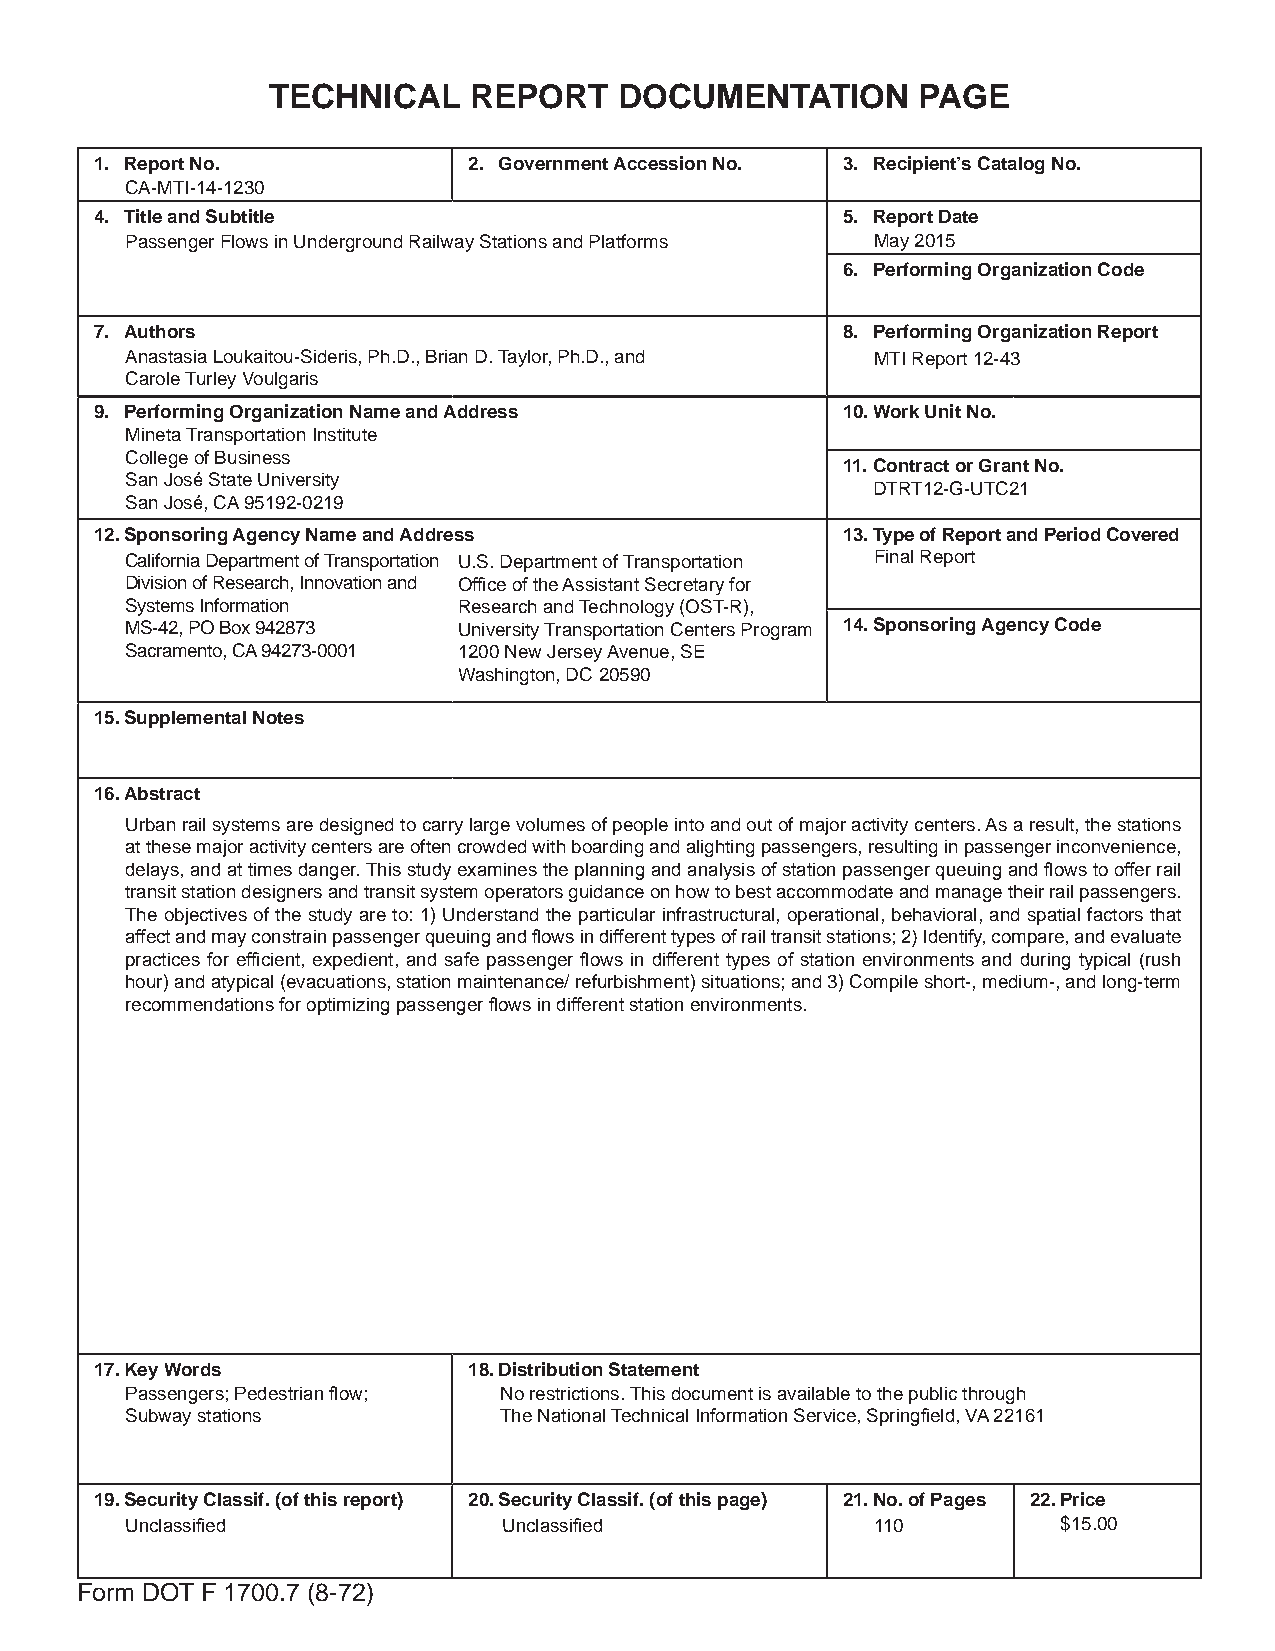
TECHNICAL    REPORT    DOCUMENTATION       PAGE
 1. Report No.            2. Government Accession No. 3. Recipient’s Catalog No.
 CA-MTI-14-1230
 4. Title and Subtitle                             5. Report Date
 Passenger Flows in Underground Railway Stations and Platforms May 2015
 6. Performing Organization Code
 7. Authors                                        8. Performing Organization Report
 Anastasia Loukaitou-Sideris, Ph.D., Brian D. Taylor, Ph.D., and MTI Report 12-43
 Carole Turley Voulgaris
 9. Performing Organization Name and Address       10. Work Unit No.
 Mineta Transportation Institute
 College of Business
 11. Contract or Grant No.
 San José State University
 DTRT12-G-UTC21
 San José, CA 95192-0219
 12. Sponsoring Agency Name and Address            13. Type of Report and Period Covered
 California Department of Transportation U.S. Department of Transportation Final Report
 Division of Research, Innovation and Office of the Assistant Secretary for
 Systems Information   Research and Technology (OST-R),
 MS-42, PO Box 942873  University Transportation Centers Program 14. Sponsoring Agency Code
 Sacramento, CA 94273-0001 1200 New Jersey Avenue, SE
 Washington, DC 20590
 15. Supplemental Notes
 16. Abstract
 Urban rail systems are designed to carry large volumes of people into and out of major activity centers. As a result, the stations
 at these major activity centers are often crowded with boarding and alighting passengers, resulting in passenger inconvenience,
 delays, and at times danger. This study examines the planning and analysis of station passenger queuing and flows to offer rail
 transit station designers and transit system operators guidance on how to best accommodate and manage their rail passengers.
 The objectives of the study are to: 1) Understand the particular infrastructural, operational, behavioral, and spatial factors that
 affect and may constrain passenger queuing and flows in different types of rail transit stations; 2) Identify, compare, and evaluate
 practices for efficient, expedient, and safe passenger flows in different types of station environments and during typical (rush
 hour) and atypical (evacuations, station maintenance/ refurbishment) situations; and 3) Compile short-, medium-, and long-term
 recommendations for optimizing passenger flows in different station environments.
 17. Key Words            18. Distribution Statement
 Passengers; Pedestrian flow; No restrictions. This document is available to the public through
 Subway stations          The National Technical Information Service, Springfield, VA 22161
 19. Security Classif. (of this report) 20. Security Classif. (of this page) 21. No. of Pages 22. Price
 Unclassified             Unclassified             110         $15.00
 Form DOT F 1700.7 (8-72)